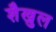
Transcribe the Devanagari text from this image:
शैखुल